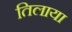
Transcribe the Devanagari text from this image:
तिलाया